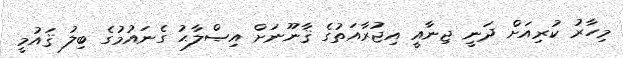
މިހާރު ކުރިއަށް ދަނީ ޖިނާއީ އިޖުރާއަތުގެ ޤާނޫނަށް އިޞްލާޙު ގެނައުމުގެ ބިލު ޤައުމީ